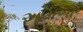
આમળાૢ